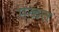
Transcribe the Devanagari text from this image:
मळत